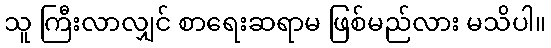
သူ ကြီးလာလျှင် စာရေးဆရာမ ဖြစ်မည်လား မသိပါ။